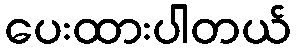
ပေးထားပါတယ်